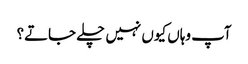
آپ وہاں کیوں نہیں چلے جاتے؟